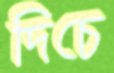
দিচে